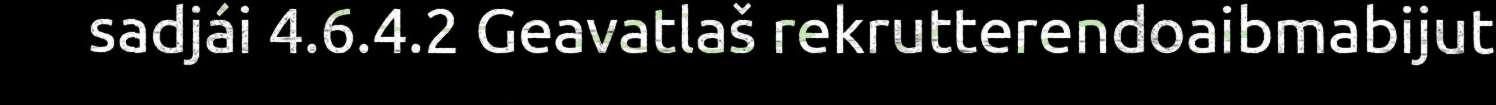
sadjái 4.6.4.2 Geavatlaš rekrutterendoaibmabijut